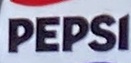
PEPSI